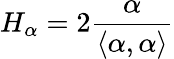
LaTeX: H_{\alpha}=2{\frac{\alpha}{\langle\alpha,\alpha\rangle}}